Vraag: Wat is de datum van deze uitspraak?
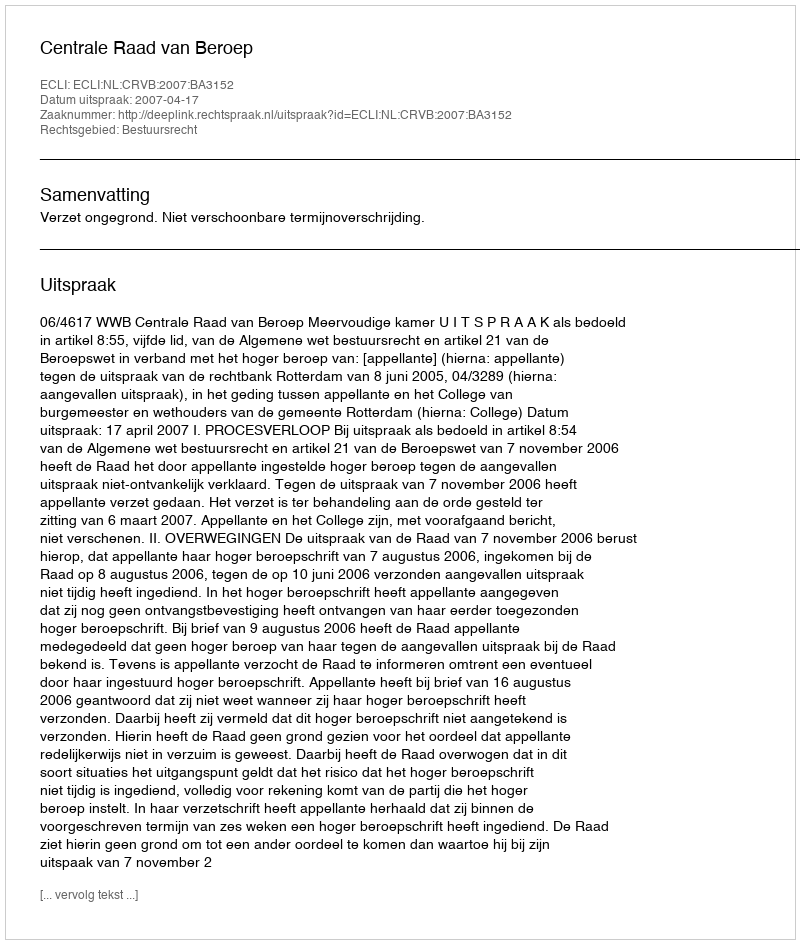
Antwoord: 2007-04-17